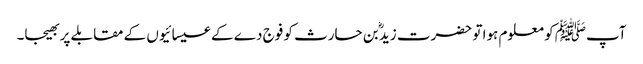
آپﷺ کو معلوم ہوا تو حضرت زیدؓ بن حارث کو فوج دے کے عیسائیوں کے مقابلے پر بھیجا۔